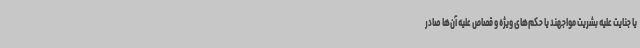
یا جنایت علیه بشریت مواجهند یا حکم‌های ویژه و قصاص علیه آن‌ها صادر